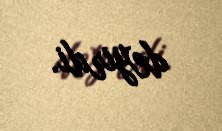
deyirdi.